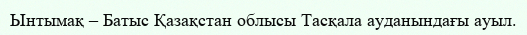
Ынтымақ – Батыс Қазақстан облысы Тасқала ауданындағы ауыл.